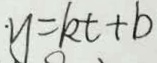
\cdot y = k t + b